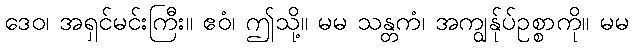
ဒေဝ၊ အရှင်မင်းကြီး။ ဧဝံ၊ ဤသို့။ မမ သန္တကံ၊ အကျွန်ုပ်ဥစ္စာကို။ မမ